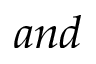
a n d